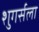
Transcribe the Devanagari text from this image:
शुगर्सला